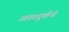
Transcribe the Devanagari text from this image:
अतातुर्कचे